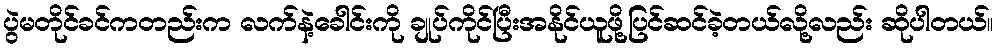
ပွဲမတိုင်ခင်ကတည်းက လက်နဲ့ခေါင်းကို ချုပ်ကိုင်ပြီးအနိုင်ယူဖို့ပြင်ဆင်ခဲ့တယ်လို့လည်း ဆိုပါတယ်။